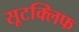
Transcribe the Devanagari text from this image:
सूटक्लिफ